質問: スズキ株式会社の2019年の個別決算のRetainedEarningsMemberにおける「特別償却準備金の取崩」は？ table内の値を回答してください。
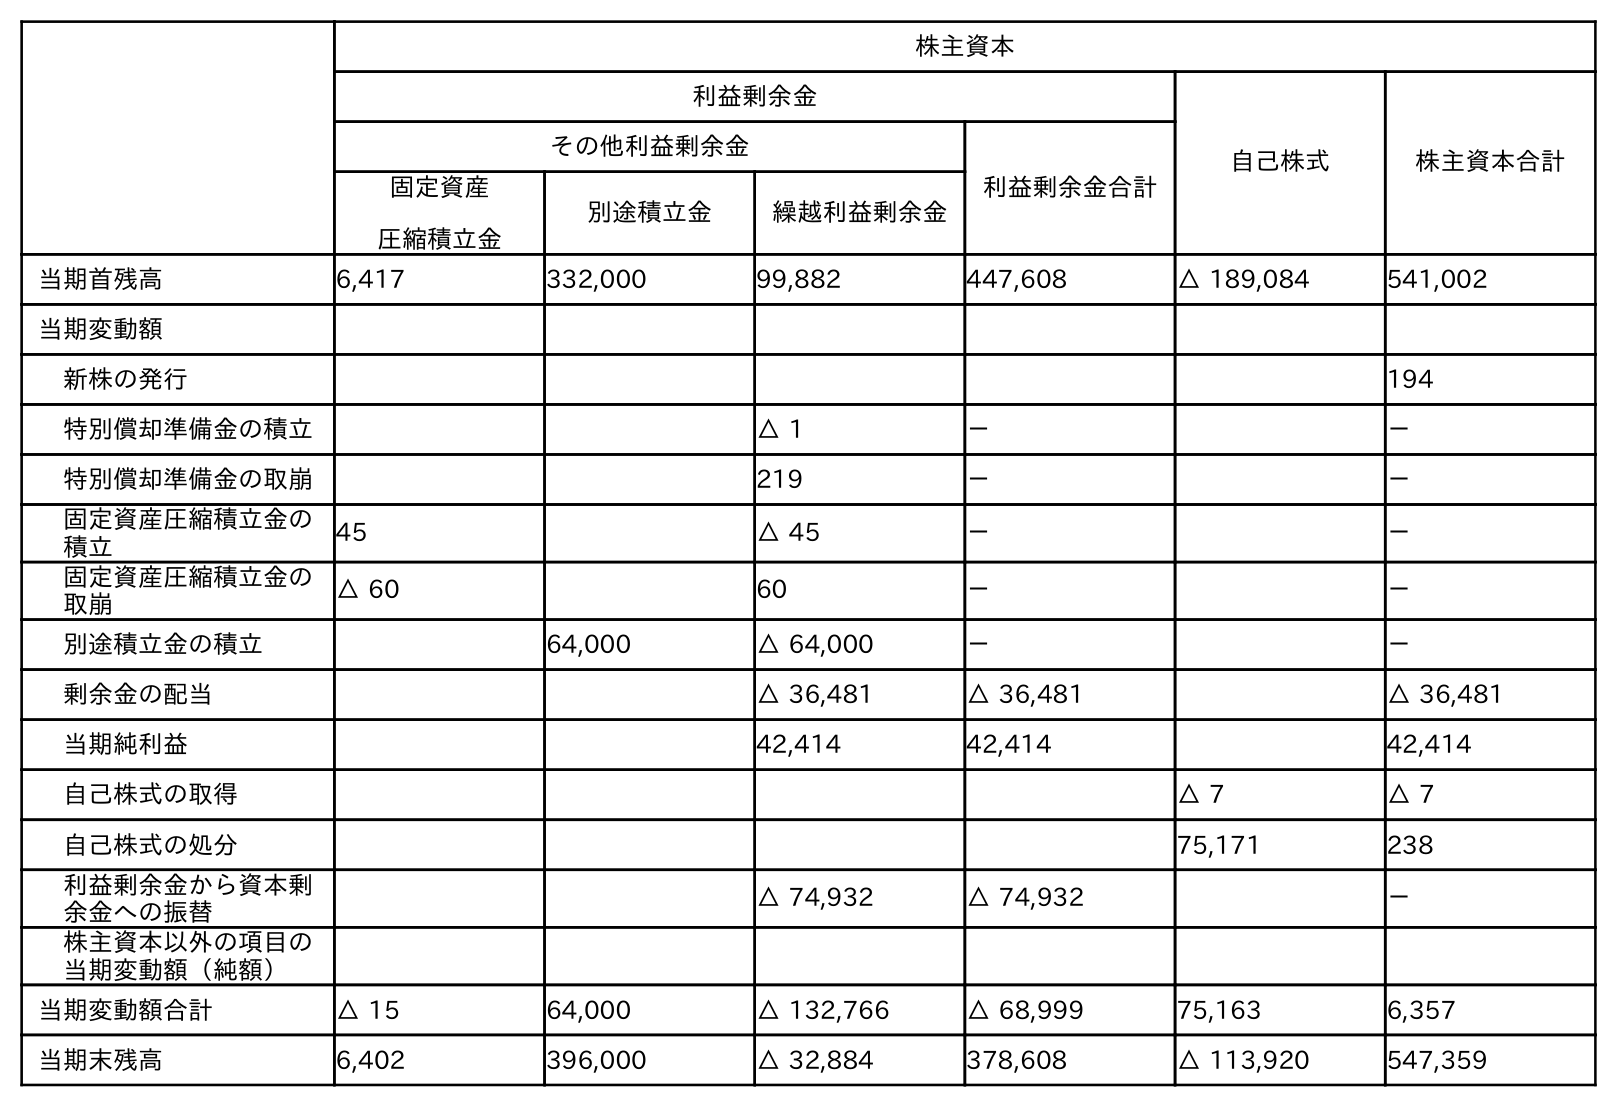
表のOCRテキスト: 株主資本 利益剰余金 自己株式 株主資本合計 その他利益剰余金 利益剰余金合計 固定資産 圧縮積立金 別途積立金 繰越利益剰余金 当期首残高 6,417 332,000 99,882 447,608 △ 189,084 541,002 当期変動額 新株の発行 194 特別償却準備金の積立 △ 1 － － 特別償却準備金の取崩 219 － － 固定資産圧縮積立金の 積立 45 △ 45 － － 固定資産圧縮積立金の 取崩 △ 60 60 － － 別途積立金の積立 64,000 △ 64,000 － － 剰余金の配当 △ 36,481 △ 36,481 △ 36,481 当期純利益 42,414 42,414 42,414 自己株式の取得 △ 7 △ 7 自己株式の処分 75,171 238 利益剰余金から資本剰 余金への振替 △ 74,932 △ 74,932 － 株主資本以外の項目の 当期変動額（純額） 当期変動額合計 △ 15 64,000 △ 132,766 △ 68,999 75,163 6,357 当期末残高 6,402 396,000 △ 32,884 378,608 △ 113,920 547,359
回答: －